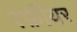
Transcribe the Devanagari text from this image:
स्फ़ीयर